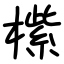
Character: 橴